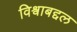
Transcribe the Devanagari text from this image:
विश्वाबद्दल